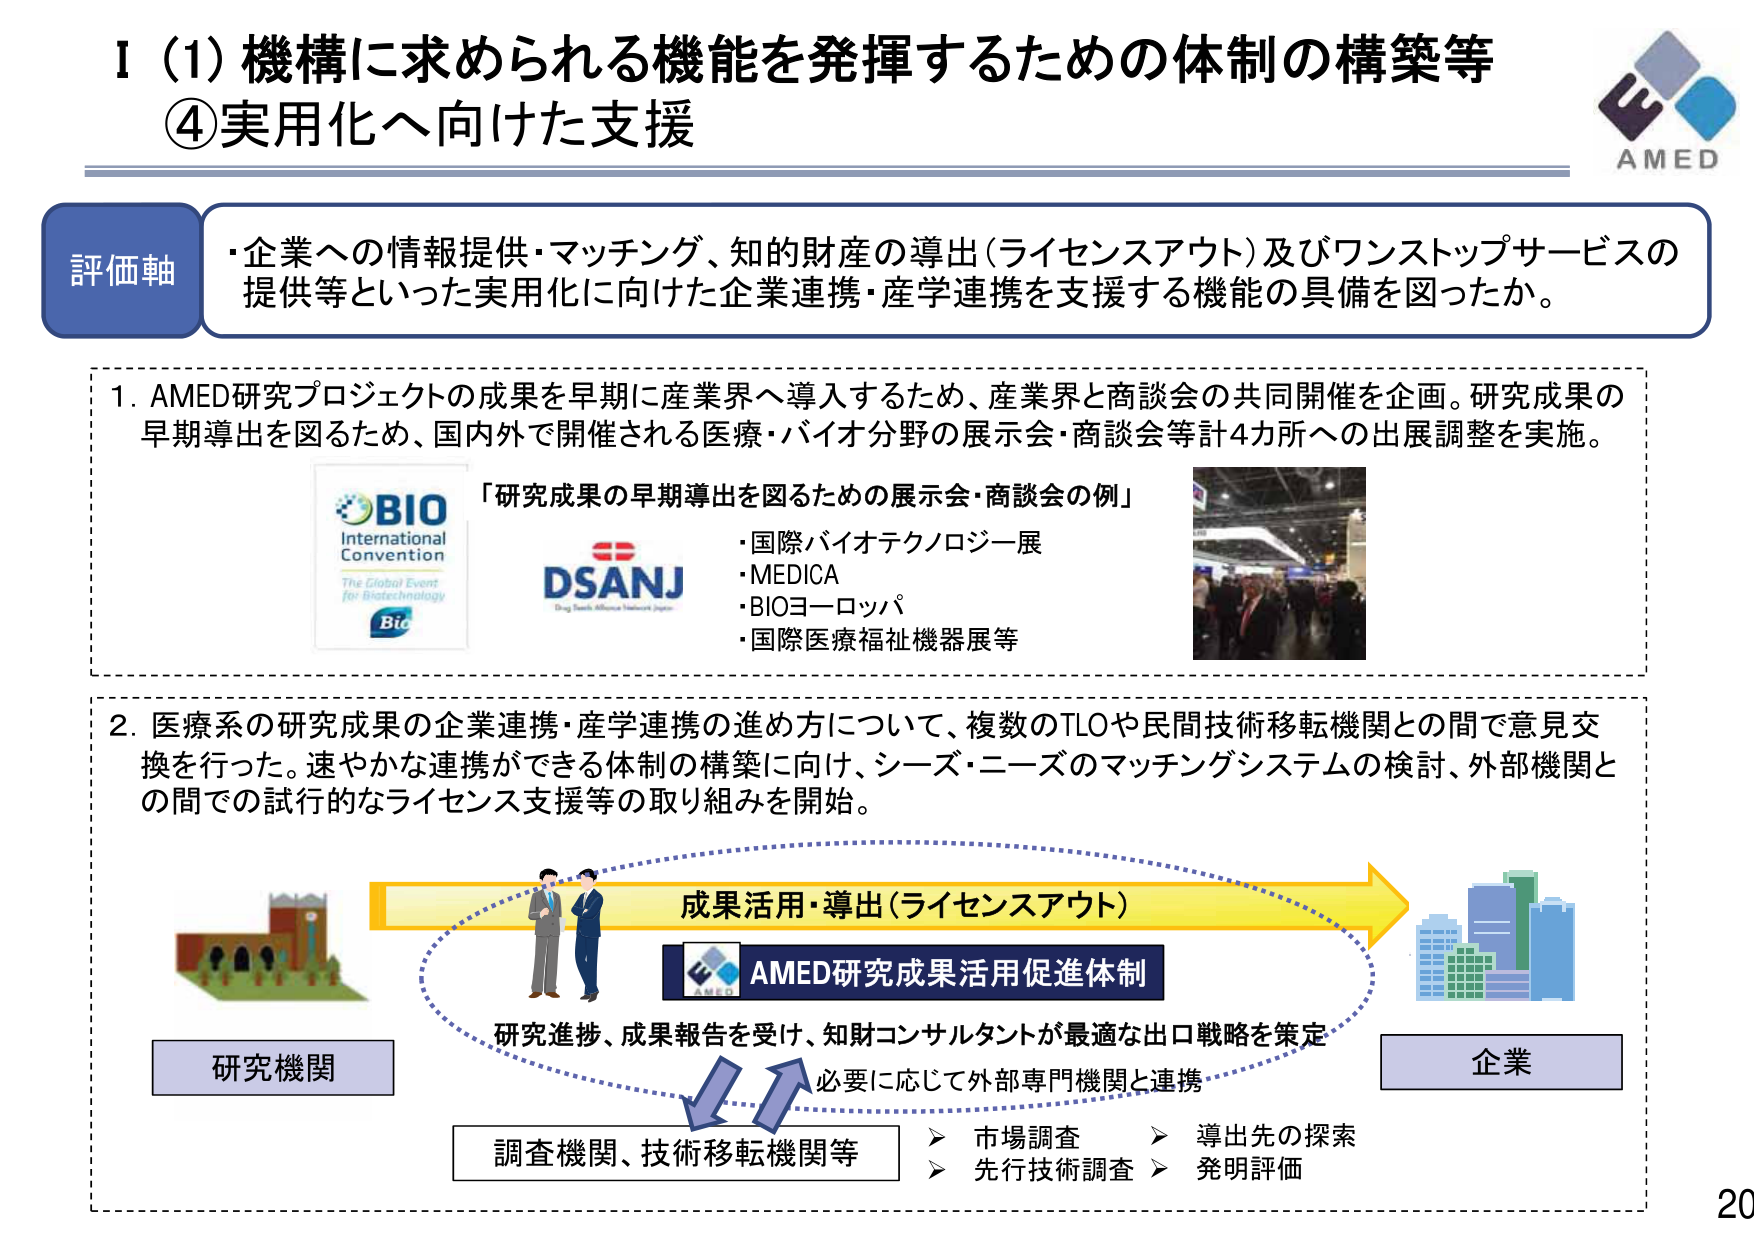
I (1) 機構に求められる機能を発揮するための体制の構築等
④実用化へ向けた支援

評価軸
・企業への情報提供・マッチング、知的財産の導出（ライセンスアウト）及びワンストップサービスの
提供等といった実用化に向けた企業連携・産学連携を支援する機能の具備を図ったか。

1. AMED研究プロジェクトの成果を早期に産業界へ導入するため、産業界と商談会の共同開催を企画。研究成果の
早期導出を図るため、国内外で開催される医療・バイオ分野の展示会・商談会等計4カ所への出展調整を実施。

「研究成果の早期導出を図るための展示会・商談会の例」
・国際バイオテクノロジー展
・MEDICA
・BIOヨーロッパ
・国際医療福祉機器展等

BIO
International
Convention
The Global Event
for Biotechnology
Bio

DSANJ
Drug Search Alliance Network Japan

2. 医療系の研究成果の企業連携・産学連携の進め方について、複数のTLOや民間技術移転機関との間で意見交
換を行った。速やかな連携ができる体制の構築に向け、シーズ・ニーズのマッチングシステムの検討、外部機関と
の間での試行的なライセンス支援等の取り組みを開始。

成果活用・導出（ライセンスアウト）
AMED研究成果活用促進体制

研究機関
企業

研究進捗、成果報告を受け、知財コンサルタントが最適な出口戦略を策定
必要に応じて外部専門機関と連携

調査機関、技術移転機関等
▶ 市場調査
▶ 先行技術調査
▶ 導出先の探索
▶ 発明評価

AMED
20